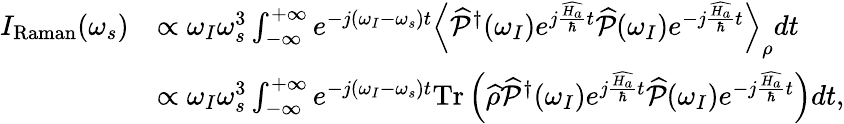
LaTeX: \begin{array}{rl}{I_{\mathrm{Raman}}(\omega_{s})}&{\propto\omega_{I}\omega_{s}^{3}\int_{-\infty}^{+\infty}e^{-j(\omega_{I}-\omega_{s})t}\left\langle\widehat{\mathcal{P}}^{\dagger}(\omega_{I})e^{j\frac{\widehat{H_{a}}}{\hbar}t}\widehat{\mathcal{P}}(\omega_{I})e^{-j\frac{\widehat{H_{a}}}{\hbar}t}\right\rangle_{\rho}dt}\\ &{\propto\omega_{I}\omega_{s}^{3}\int_{-\infty}^{+\infty}e^{-j(\omega_{I}-\omega_{s})t}\mathrm{Tr}\left(\widehat{\rho}\widehat{\mathcal{P}}^{\dagger}(\omega_{I})e^{j\frac{\widehat{H_{a}}}{\hbar}t}\widehat{\mathcal{P}}(\omega_{I})e^{-j\frac{\widehat{H_{a}}}{\hbar}t}\right)dt,}\end{array}